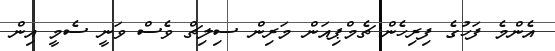
އެންމެ ފަހުގެ ފިރިހެން ޗެމްޕިއަން މަރިން ސިލިޗް ވެސް ވަނީ ސެމީ އިން